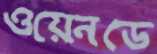
ওয়েনডে